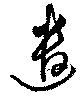
遣